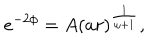
e ^ { - 2 \phi } = A ( a r ) ^ { \frac { 1 } { \omega + 1 } } ,